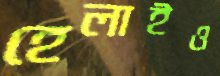
হেলাইও